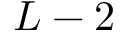
L - 2